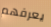
يعرفهم